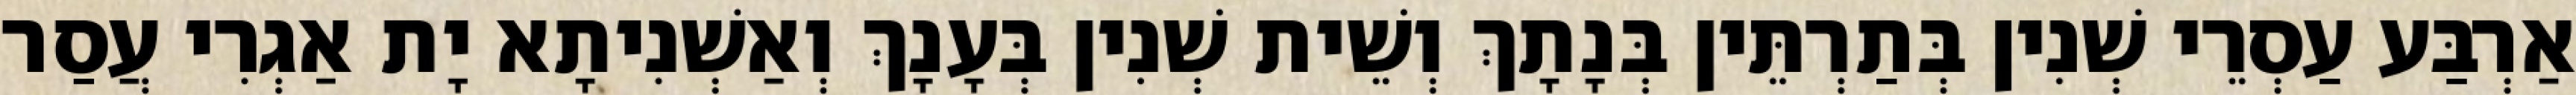
אַרְבַּע עַסְרֵי שְׁנִין בְּתַרְתֵּין בְּנָתָךְ וְשֵׁית שְׁנִין בְּעָנָךְ וְאַשְׁנִיתָא יָת אַגְרִי עֲסַר